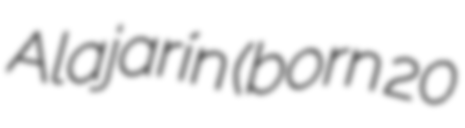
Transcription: Alajarín (born 20